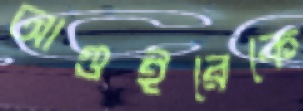
আগুইরেকে